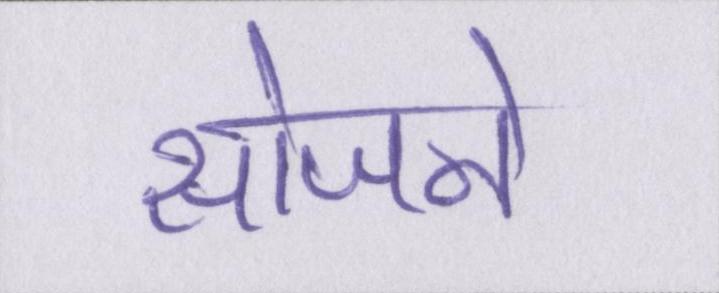
सोजने